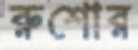
রুশোর